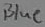
Text: Blue